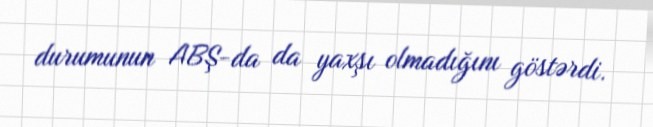
durumunun ABŞ-da da yaxşı olmadığını göstərdi.